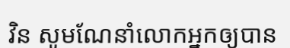
វិន សូមណែនាំលោកអ្នកឲ្យបាន